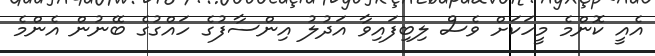
އެއީ ކޮންމެ މީހަކަށް ވެސް ލިބިފައިވާ އަދުލު އިންސާފުގެ ހައްގުގެ ބޭނުން އެންމެ